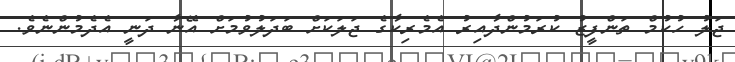
ޖަލު ހުކުމް ތަންފީޒު ކުރަމުންދާއިރު އެމެރިކާގެ ޖަލަކަށް ބަދަލުވުމަށް އޭނާ ދަނީ އެދެމުންނެވެ.